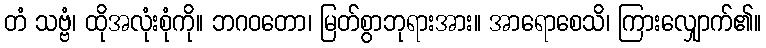
တံ သဗ္ဗံ၊ ထိုအလုံးစုံကို။ ဘဂဝတော၊ မြတ်စွာဘုရားအား။ အာရောစေသိ၊ ကြားလျှောက်၏။